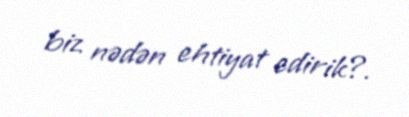
biz nədən ehtiyat edirik?.